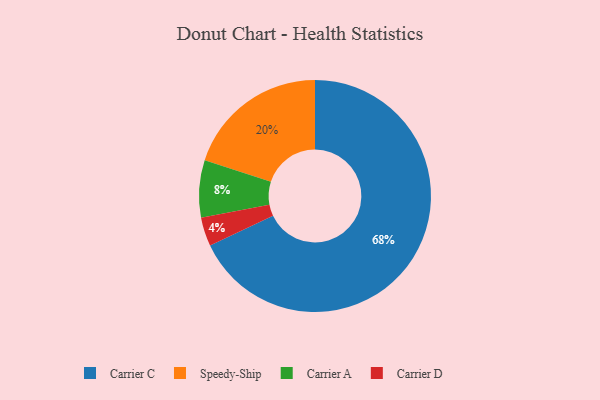
{"axis": {"x": "Category", "y": "Percentage"}, "legend": ["Carrier A", "Carrier C", "Carrier D", "Speedy-Ship"], "data": [{"x": "Carrier D", "y": 4, "type": "Carrier D"}, {"x": "Carrier A", "y": 8, "type": "Carrier A"}, {"x": "Carrier C", "y": 68, "type": "Carrier C"}, {"x": "Speedy-Ship", "y": 20, "type": "Speedy-Ship"}]}